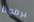
برمودا